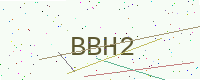
Text: BBH2